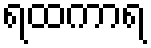
ရထကာရ